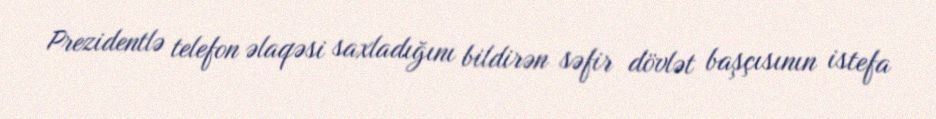
Prezidentlə telefon əlaqəsi saxladığını bildirən səfir dövlət başçısının istefa